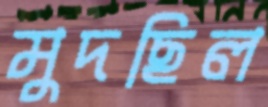
মুদছিল